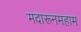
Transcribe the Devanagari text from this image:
मदारूनमहाम